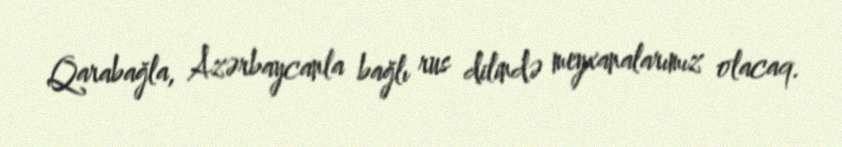
Qarabağla, Azərbaycanla bağlı rus dilində meyxanalarımız olacaq.